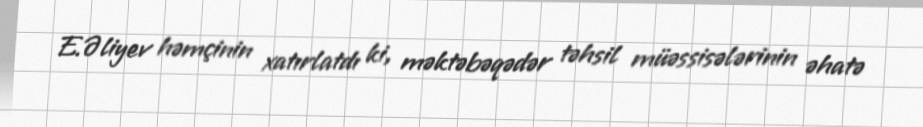
E.Əliyev həmçinin xatırlatdı ki, məktəbəqədər təhsil müəssisələrinin əhatə